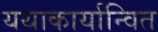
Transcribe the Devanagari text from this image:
यथाकार्यान्वित